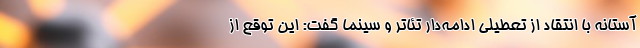
آستانه با انتقاد از تعطیلی ادامه‌دار تئاتر و سینما گفت: این توقع از